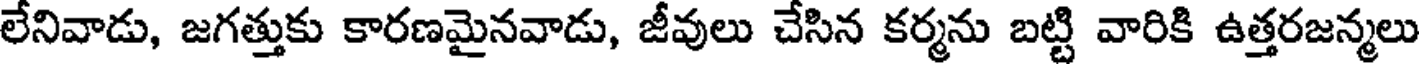
లేనివాడు, జగత్తుకు కారణమైనవాడు, జీవులు చేసిన కర్మను బట్టి వారికి ఉత్తరజన్మలు